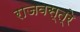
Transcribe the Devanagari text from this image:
राजवस्त्रे